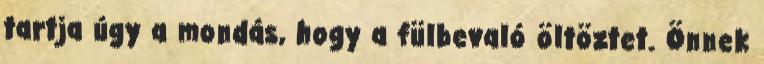
tartja úgy a mondás, hogy a fülbevaló öltöztet. Önnek